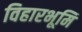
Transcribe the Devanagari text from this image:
विहारभूमि